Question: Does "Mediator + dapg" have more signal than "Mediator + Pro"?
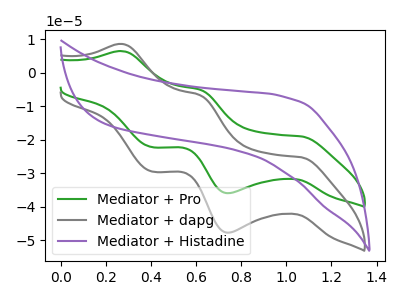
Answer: <think>The green curve "Mediator + Pro" has anodic peaks at (0.25V, 6.50uA) (0.60V, -5.00uA) and cathodic peaks at (1.05V, -19.00uA) (0.75V, -35.95uA) (0.40V, -22.20uA). The gray curve "Mediator + dapg" has anodic peaks at (0.25V, 8.65uA) (0.60V, -6.65uA) and cathodic peaks at (1.05V, -25.20uA) (0.75V, -47.75uA) (0.40V, -29.45uA). The purple curve "Mediator + Histadine" has no peaks.
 All the peaks in "Mediator + dapg" have a peak in "Mediator + Pro" at the same potential.</think>
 <answer>I cant tell if "Mediator + dapg" or "Mediator + Pro" has more signal.</answer>
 <eval>mixed_signal</eval>